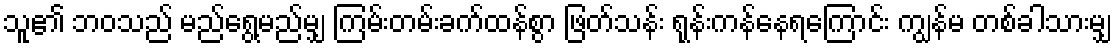
သူ၏ ဘဝသည် မည်ရွေ့မည်မျှ ကြမ်းတမ်းခက်ထန်စွာ ဖြတ်သန်း ရုန်းကန်နေရကြောင်း ကျွန်မ တစ်ခါသားမျှ